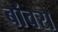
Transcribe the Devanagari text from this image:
बांवरा